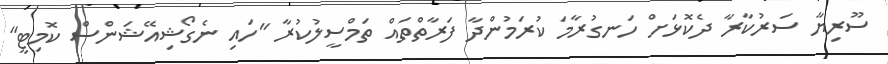
ސޫރިޔާ ސަރުކާރާ ދެކޮޅަށް ހަނގުރާމަ ކުރަމުންދާ ފަރާތްތައް ތަމްސީލުކުރާ "ހައި ނެގޯޝިއޭޝަންސް ކޮމިޓީ"